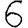
Digit: 6